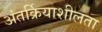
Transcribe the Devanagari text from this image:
अंतर्क्रियाशीलता